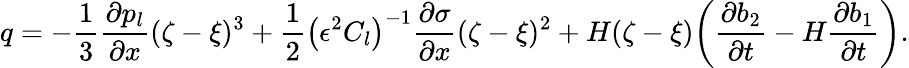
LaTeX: q=-\frac{1}{3}\frac{\partial p_{l}}{\partial x}(\zeta-\xi)^{3}+\frac{1}{2}\left(\epsilon^{2}C_{l}\right)^{-1}\frac{\partial\sigma}{\partial x}(\zeta-\xi)^{2}+H(\zeta-\xi)\bigg(\frac{\partial b_{2}}{\partial t}-H\frac{\partial b_{1}}{\partial t}\bigg).